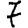
Digit: 7